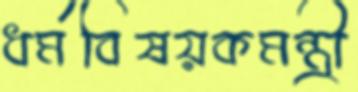
ধর্মবিষয়কমন্ত্রী